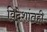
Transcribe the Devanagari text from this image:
विदेशांतही